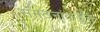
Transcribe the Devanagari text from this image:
संगठनांकडून